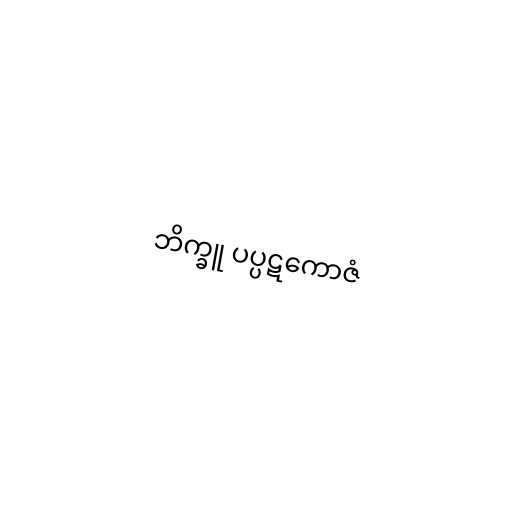
ဘိက္ခူ ပပ္ပဋကောဇံ